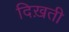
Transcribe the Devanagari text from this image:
दिख़ती